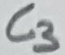
Text: C3